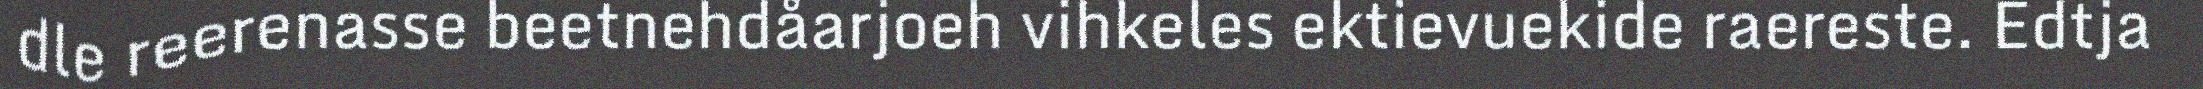
dle reerenasse beetnehdåarjoeh vihkeles ektievuekide raereste. Edtja